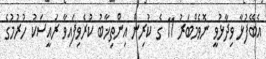
އެބޭފުޅާ ވިދާޅުވީ ނޮވެމްބަރު 11 ގެ ކުރިން އިންތިޚާބު ކުރެވިފައިވާ ރައީސަކު ހުރުމުގެ